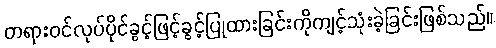
တရားဝင်လုပ်ပိုင်ခွင့်ဖြင့်ခွင့်ပြုထားခြင်းကိုကျင့်သုံးခဲ့ခြင်းဖြစ်သည်။